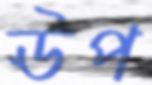
ঊপ